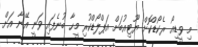
މި ވީޑިއޯ ރެކޯޑްކޮށް ޔޫޓިއުބަށް އަޕްލޯޑްކުރި މީހާ ބުނެފައި ވަނީ އޭނާ އަށް